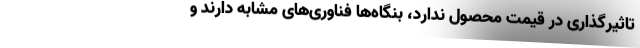
تاثیرگذاری در قیمت محصول ندارد، بنگاه‌ها فناوری‌های مشابه دارند و